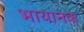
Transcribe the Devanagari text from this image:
भायानक